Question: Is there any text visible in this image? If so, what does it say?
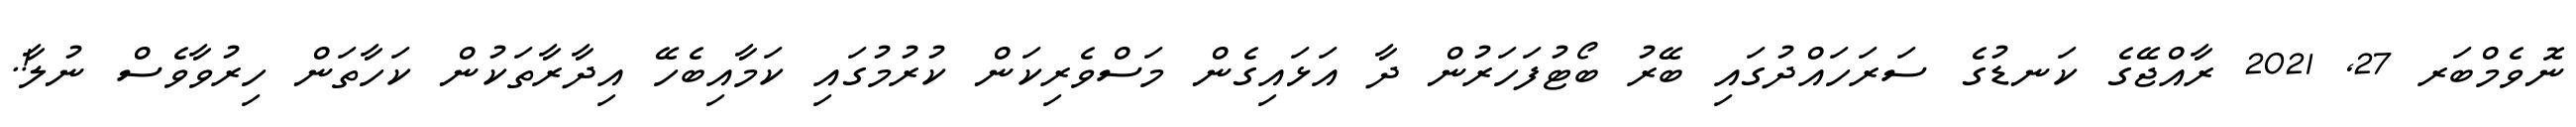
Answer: ނޮވެމްބަރ 27, 2021 ރާއްޖޭގެ ކަނޑުގެ ސަރަހައްދުގައި ބޭރު ބޯޓުފަހަރުން ދާ އަޅައިގެން މަސްވެރިކަން ކުރުމުގައި ކަމާއިބެހޭ އިދާރާތަކުން ކަހާތަން ހިރުވާވެސް ނުލާ!.